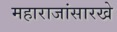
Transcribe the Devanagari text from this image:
महाराजांसारखे